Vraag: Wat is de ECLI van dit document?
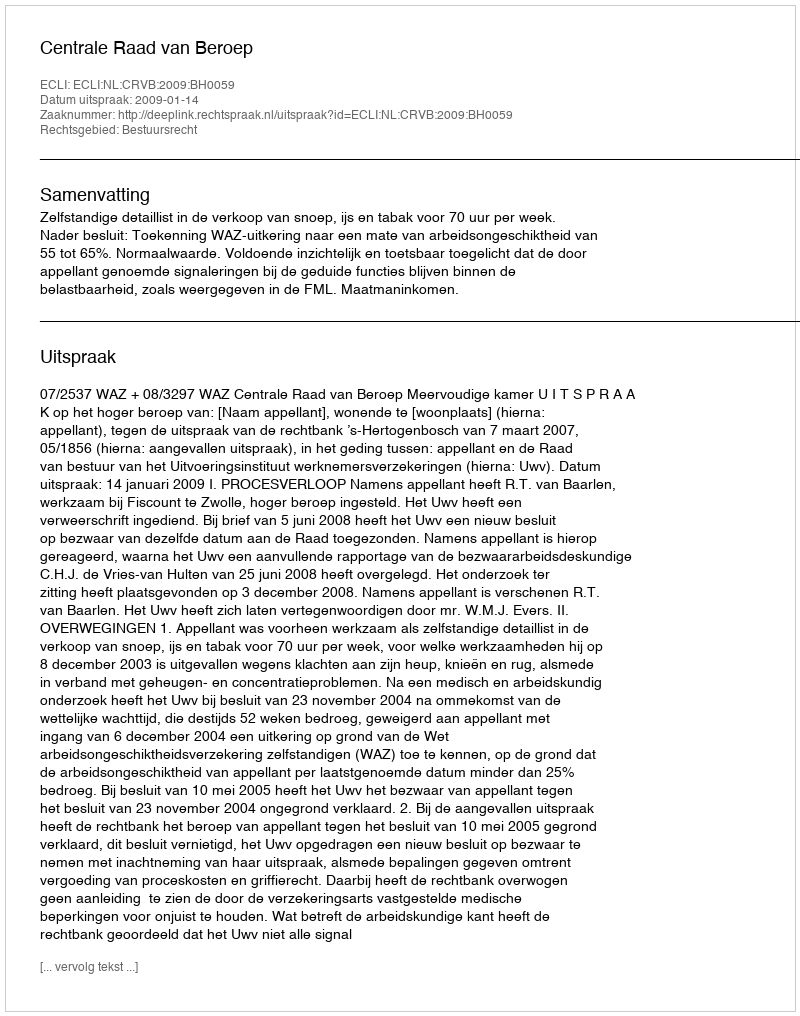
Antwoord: ECLI:NL:CRVB:2009:BH0059